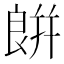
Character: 𦫏